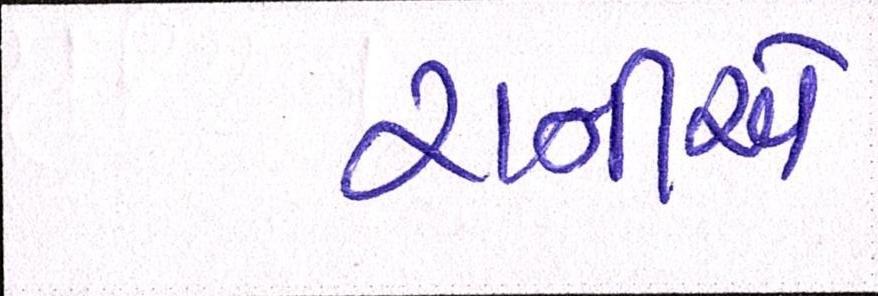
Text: રાનીએ